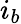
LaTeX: i_{b}